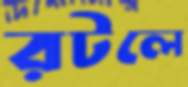
রটলে